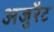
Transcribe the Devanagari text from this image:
अजुरैट